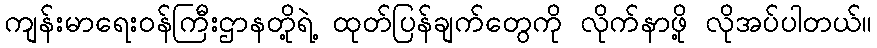
ကျန်းမာရေးဝန်ကြီးဌာနတို့ရဲ့ ထုတ်ပြန်ချက်တွေကို လိုက်နာဖို့ လိုအပ်ပါတယ်။